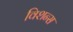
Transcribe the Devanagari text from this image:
विशन्स